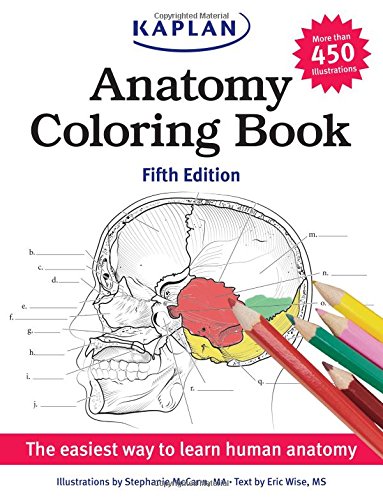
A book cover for Anatomy Coloring Book (Kaplan Anatomy Coloring Book); Stephanie McCann; Test Preparation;